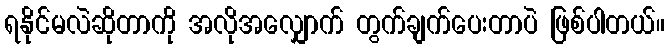
ရနိုင်မလဲဆိုတာကို အလိုအလျှောက် တွက်ချက်ပေးတာပဲ ဖြစ်ပါတယ်။